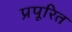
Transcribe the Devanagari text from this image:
प्रपूरित